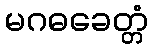
မဂဓခေတ္တံ